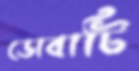
ডোবাটি